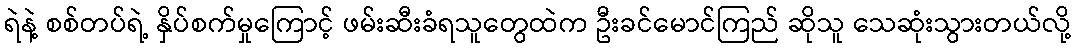
ရဲနဲ့ စစ်တပ်ရဲ့ နှိပ်စက်မှုကြောင့် ဖမ်းဆီးခံရသူတွေထဲက ဦးခင်မောင်ကြည် ဆိုသူ သေဆုံးသွားတယ်လို့